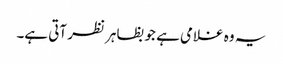
یہ وہ غلامی ہے جو بظاہر نظر آتی ہے۔